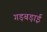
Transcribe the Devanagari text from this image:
गड़बड़ाई